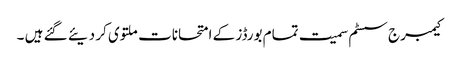
کیمبرج سسٹم سمیت تمام بورڈز کے امتحانات ملتوی کر دیئے گئے ہیں ۔